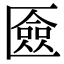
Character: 匳